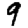
Digit: 9